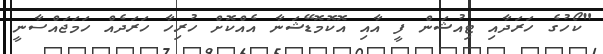
"ކޯހުގެ ހަރަދާއި ޓިއުޝަން ފީ އާއި އޮކޮމޮޑޭޝަނާ އެއްކޮށް ހުރިހާ ހަރަދެއް ހަމަޖައްސާނީ